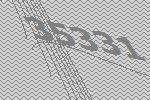
35331